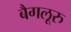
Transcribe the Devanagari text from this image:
बैगलूरु